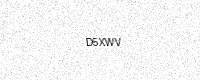
Text: D5XWV